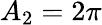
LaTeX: A_{2}=2\pi